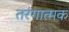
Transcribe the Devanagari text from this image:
तरंगात्मक